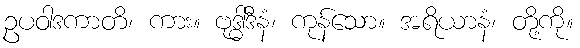
ဥပဝါဒကာတိ၊ ကား။ ဗုဒ္ဓါဒီနံ၊ ကုန်သော။ အရိယာနံ၊ တို့ကို။